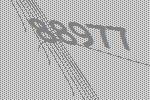
88977